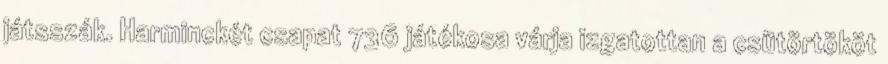
játsszák. Harminckét csapat 736 játékosa várja izgatottan a csütörtököt